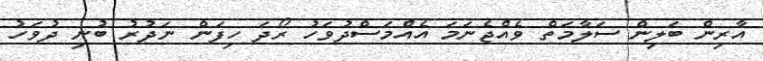
އާރިން ބަލިން ސަލާމަތް ވެއްޖެނަމަ އެއްމަސްދުވަހު ރޯދަ ހިފަން ނަދުރު ބުނި ދުވަހު